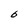
Character: b